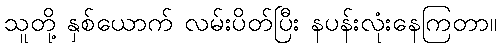
သူတို့ နှစ်ယောက် လမ်းပိတ်ပြီး နပန်းလုံးနေကြတာ။